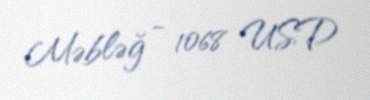
Məbləğ - 1068 USD